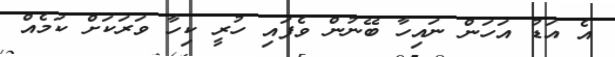
އެ އަޑު އަހަން ނައިހާ ބޭނުން ވެފައި ހުރީ ކިހާ ވަރަކަށް ކަމެއް